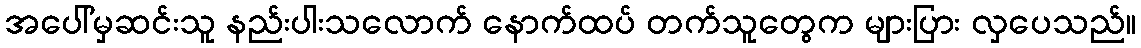
အပေါ်မှဆင်းသူ နည်းပါးသလောက် နောက်ထပ် တက်သူတွေက များပြား လှပေသည်။